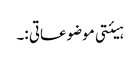
ہیئتی موضوعاتی :۔